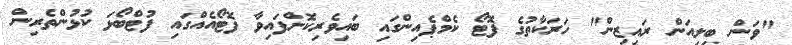
"ވަން ބިލިއަން ރައިޒިން" ހަރަކާތުގެ ފޮޓޯ ކެމްޕެއިންގައި ބައިވެރިކޮށްފައިވާ ފޮޓޯއެއްގައި ފުޓްބޯޅަ ކުޅުންތެރިން